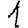
Digit: 1